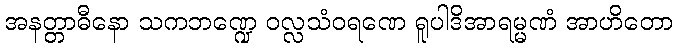
အနတ္တာဓီနော သကဘဏ္ဍေ ဝလ္လသံဝရဏေ ရူပါဒိအာရမ္မဏံ အာဟိတော